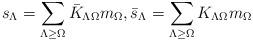
LaTeX: \begin{gather*}s_\Lambda=\sum\limits_{\Lambda \geq \Omega} \bar{K}_{\Lambda \Omega} m_\Omega,\bar{s}_\Lambda=\sum\limits_{\Lambda \geq \Omega} {K}_{\Lambda \Omega} m_\Omega\end{gather*}